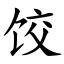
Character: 饺